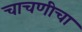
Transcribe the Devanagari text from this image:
चाचणीचा